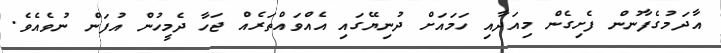
އާދަމުގެފާނުން ފެށިގެން މިއަދާއި ހަމައަށް ދުނިޔޭގައި އެއްވައްތަރެއް ޖަހާ ދެމީހުން އުފަން ނުވެއެވެ.